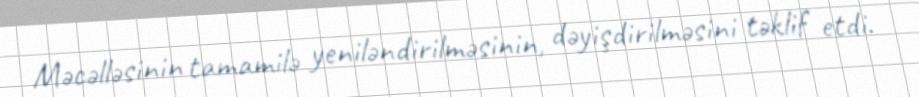
Məcəlləsinin tamamilə yeniləndirilməsinin, dəyişdirilməsini təklif etdi.